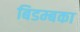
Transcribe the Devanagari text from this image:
बिडम्बका